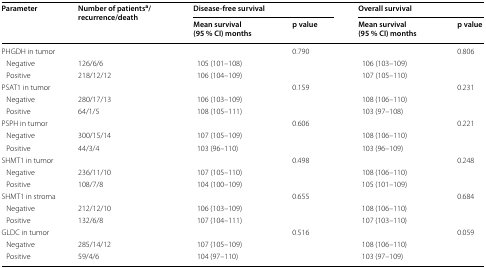
<table><thead><tr><td rowspan="2"><b>Parameter</b></td><td rowspan="2"><b>Number of patients<sup>a</sup>/recurrence/death</b></td><td colspan="2"><b>Disease-free survival</b></td><td colspan="2"><b>Overall survival</b></td></tr><tr><td><b>Mean survival (95 % CI) months</b></td><td><b>p value</b></td><td><b>Mean survival (95 % CI) months</b></td><td><b>p value</b></td></tr></thead><tbody><tr><td colspan="3">PHGDH in tumor</td><td>0.790</td><td></td><td>0.806</td></tr><tr><td> Negative</td><td>126/6/6</td><td>105 (101–108)</td><td></td><td>106 (103–109)</td><td></td></tr><tr><td> Positive</td><td>218/12/12</td><td>106 (104–109)</td><td></td><td>107 (105–110)</td><td></td></tr><tr><td colspan="3">PSAT1 in tumor</td><td>0.159</td><td></td><td>0.231</td></tr><tr><td> Negative</td><td>280/17/13</td><td>106 (103–109)</td><td></td><td>108 (106–110)</td><td></td></tr><tr><td> Positive</td><td>64/1/5</td><td>108 (105–111)</td><td></td><td>103 (97–108)</td><td></td></tr><tr><td colspan="3">PSPH in tumor</td><td>0.606</td><td></td><td>0.221</td></tr><tr><td> Negative</td><td>300/15/14</td><td>107 (105–109)</td><td></td><td>108 (106–110)</td><td></td></tr><tr><td> Positive</td><td>44/3/4</td><td>103 (96–110)</td><td></td><td>103 (96–109)</td><td></td></tr><tr><td colspan="3">SHMT1 in tumor</td><td>0.498</td><td></td><td>0.248</td></tr><tr><td> Negative</td><td>236/11/10</td><td>107 (105–110)</td><td></td><td>108 (106–110)</td><td></td></tr><tr><td> Positive</td><td>108/7/8</td><td>104 (100–109)</td><td></td><td>105 (101–109)</td><td></td></tr><tr><td colspan="3">SHMT1 in stroma</td><td>0.655</td><td></td><td>0.684</td></tr><tr><td> Negative</td><td>212/12/10</td><td>106 (103–109)</td><td></td><td>108 (106–110)</td><td></td></tr><tr><td> Positive</td><td>132/6/8</td><td>107 (104–111)</td><td></td><td>107 (103–110)</td><td></td></tr><tr><td colspan="3">GLDC in tumor</td><td>0.516</td><td></td><td>0.059</td></tr><tr><td> Negative</td><td>285/14/12</td><td>107 (105–109)</td><td></td><td>108 (106–110)</td><td></td></tr><tr><td> Positive</td><td>59/4/6</td><td>104 (97–110)</td><td></td><td>103 (97–109)</td><td></td></tr></tbody></table>